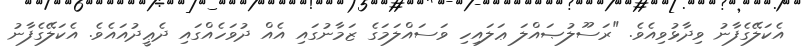
އެކަލޭގެފާނު ވިދާޅުވިއެވެ. "ރަސޫލުޞައްލަ ޢަލައިހި ވަސައްލަމަގެ ޒަމާނުގައި އެއް ދުވަހެއްގައި ދެޢީދުއައެވެ. އެކަލޭގެފާނު